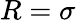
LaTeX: R=\sigma